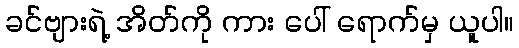
ခင်ဗျားရဲ့ အိတ်ကို ကား ပေါ် ရောက်မှ ယူပါ။